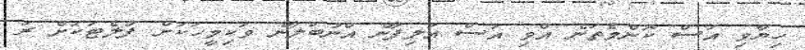
ހިޔާވި އަސް ކޮންމެތަނެ އްވި އަސް އަލިފާނެ އްނުބަލާނެ ވަކިމީހަކަށް ފުލެޓަކަށް ރަ